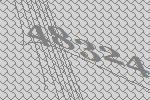
48324